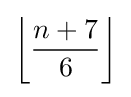
\left\lfloor {\frac {n+7}{6}}\right\rfloor